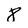
Character: 8